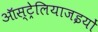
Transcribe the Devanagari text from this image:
ऑस्ट्रेलियाजइयों